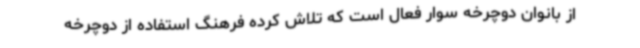
از بانوان دوچرخه سوار فعال است که تلاش کرده فرهنگ استفاده از دوچرخه